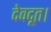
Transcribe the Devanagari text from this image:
देवदूत।